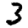
Digit: 3